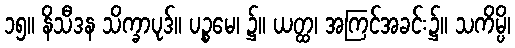
၁၅။ နိသီဒန သိက္ခာပုဒ်။ ပဉ္စမေ၊ ၌။ ယတ္ထ၊ အကြင်အခင်း၌။ သကိမ္ပိ၊